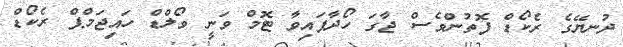
ދުނޔޭގެ ރެކޯޑް ފޮތުންވެސް ޖާގަ ހޯދާފައިވާ ޓޮމް ވަނީ ވޯލްޑް ހައިޖަމްޕް ރެކޯޑް